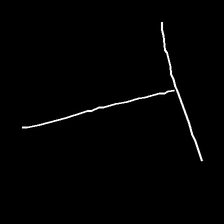
Glyph: column